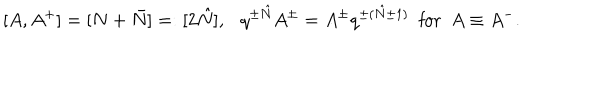
[ A , A ^ { + } ] = [ N + \bar { N } ] = : [ 2 \hat { N } ] , \ \ \ q ^ { \pm \hat { N } } A ^ { \pm } = A ^ { \pm } q ^ { \pm ( \hat { N } \pm 1 ) } \ \ \mathrm { f o r } \ \ A \equiv A ^ { - } .